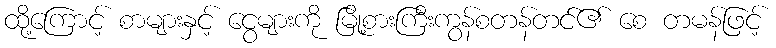
ထို့ကြောင့် စာများနှင့် ငွေများကို မြို့စားကြီးကွန်စတန်တင်၏ စေ တမန်ဖြင့်